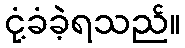
ငုံ့ခံခဲ့ရသည်။